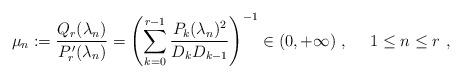
LaTeX: \begin{gather*} \mu_{n}:= \frac{Q_{r} (\lambda_{n})}{P_{r}^{\, \prime }(\lambda_{n})} = \left(\sum\limits_{k=0}^{r-1} \dfrac{P_{k}(\lambda_{n})^{2}}{D_{k} D_{k-1}} \right)^{-1} \in (0, +\infty) \ , \ \ \ \ 1 \leq n \leq r \ ,\end{gather*}